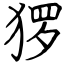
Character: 猡